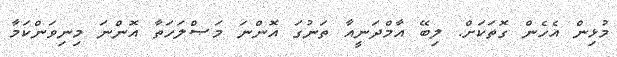
މުޅިން އެހެން ގޮތަކަށް. ލިބޭ އާމްދަނީއާ ތަނުގަ އޮންނަ މަޞްލަހަތާ އޮންނަ މިނިވަންކަމާ